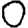
Digit: 0